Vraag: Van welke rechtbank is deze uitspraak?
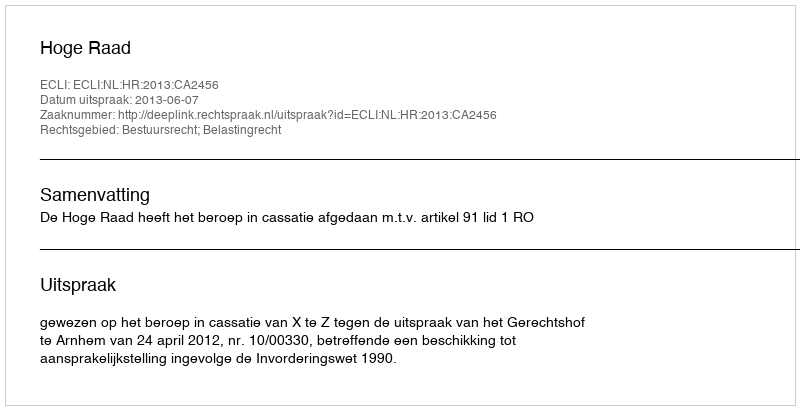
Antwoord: Hoge Raad